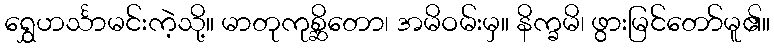
ရွှေဟင်္သာမင်းကဲ့သို့။ မာတုကုစ္ဆိတော၊ အမိဝမ်းမှ။ နိက္ခမိ၊ ဖွားမြင်တော်မူ၏။